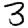
Digit: 3